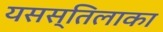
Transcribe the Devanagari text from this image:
यसस्तिलाका